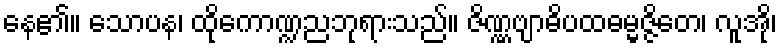
နေ၏။ သောပန၊ ထိုကောဏ္ဍညဘုရားသည်။ ဇိဏ္ဏဗျာဓိပထဓမ္မဇ္ဇိတေ၊ လူအို၊